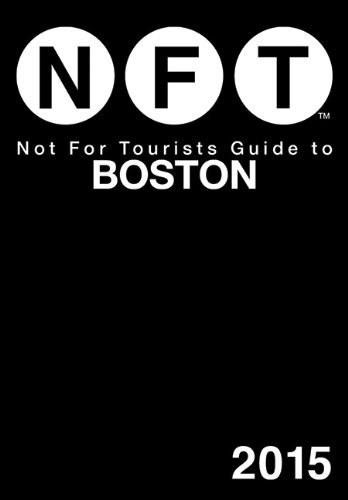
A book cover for Not For Tourists Guide to Boston 2015; Not For Tourists; Travel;